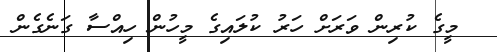
މީގެ ކުރިން ވަރަށް ހަރު ކުލައިގެ މީހުން ހިއްސާ ގަނެގެން